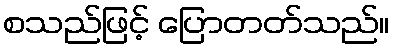
စသည်ဖြင့် ပြောတတ်သည်။